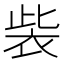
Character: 𧙁